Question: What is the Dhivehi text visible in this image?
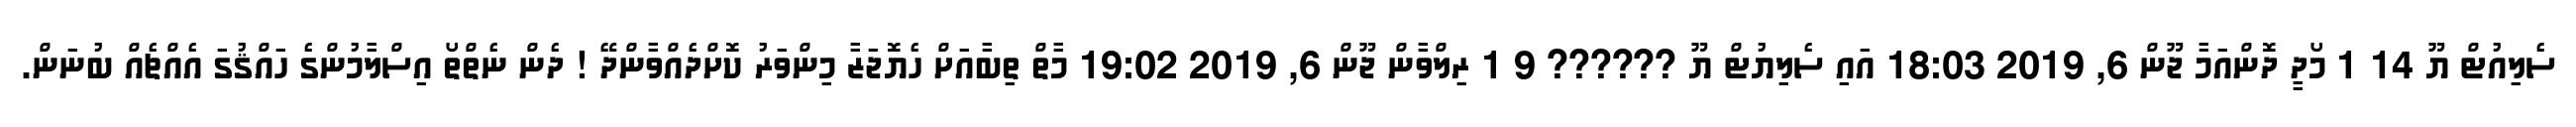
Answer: ސެލިއުޓް ޔޫ 14 1 މޯދީ ދޮންއަމާ ޖޫން 6, 2019 18:03 އައި ސެލިޔުޓް ޔޫ ?????? 9 1 ރިލްވާން ޖޫން 6, 2019 19:02 މާތް ތިބާއަށް ހެޔޮޖަޒާ މިންވަރު ކޮށްދެއްވާންދޭ ! ދެން ނެތްތޯ އިސްލާމުންގެ ހައްޤުގަ އެއްޗެއް ބުނަން.